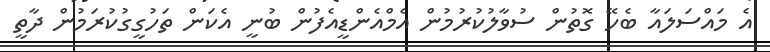
އެ މައްސަލައާ ބެހޭ ގޮތުން ސުވާލުކުރުމުން އެމްއެންޑީއެފުން ބުނީ އެކަން ތަހުގީގުކުރަމުން ދާތީ